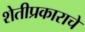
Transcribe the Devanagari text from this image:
शेतीप्रकाराचे